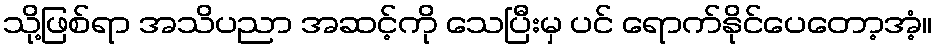
သို့ဖြစ်ရာ အသိပညာ အဆင့်ကို သေပြီးမှ ပင် ရောက်နိုင်ပေတော့အံ့။